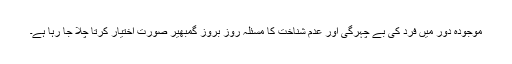
موجودہ دور میں فرد کی بے چہرگی اور عدم شناخت کا مسئلہ روز بروز گمبھیر صورت اختیار کرتا چلا جا رہا ہے۔